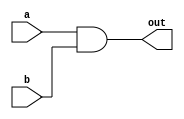
module and65(out,a,b);
input [64:0] a,b;
output [64:0] out;

assign out = a&b;

endmodule